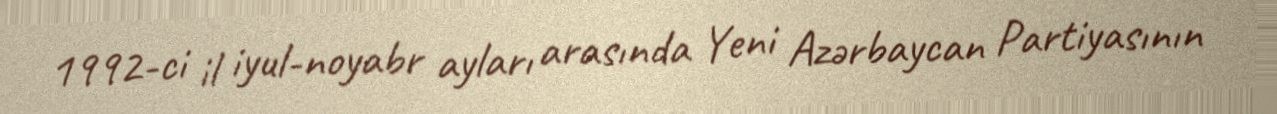
1992-ci il iyul-noyabr ayları arasında Yeni Azərbaycan Partiyasının